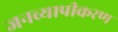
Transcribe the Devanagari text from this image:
जनव्यापीकरण